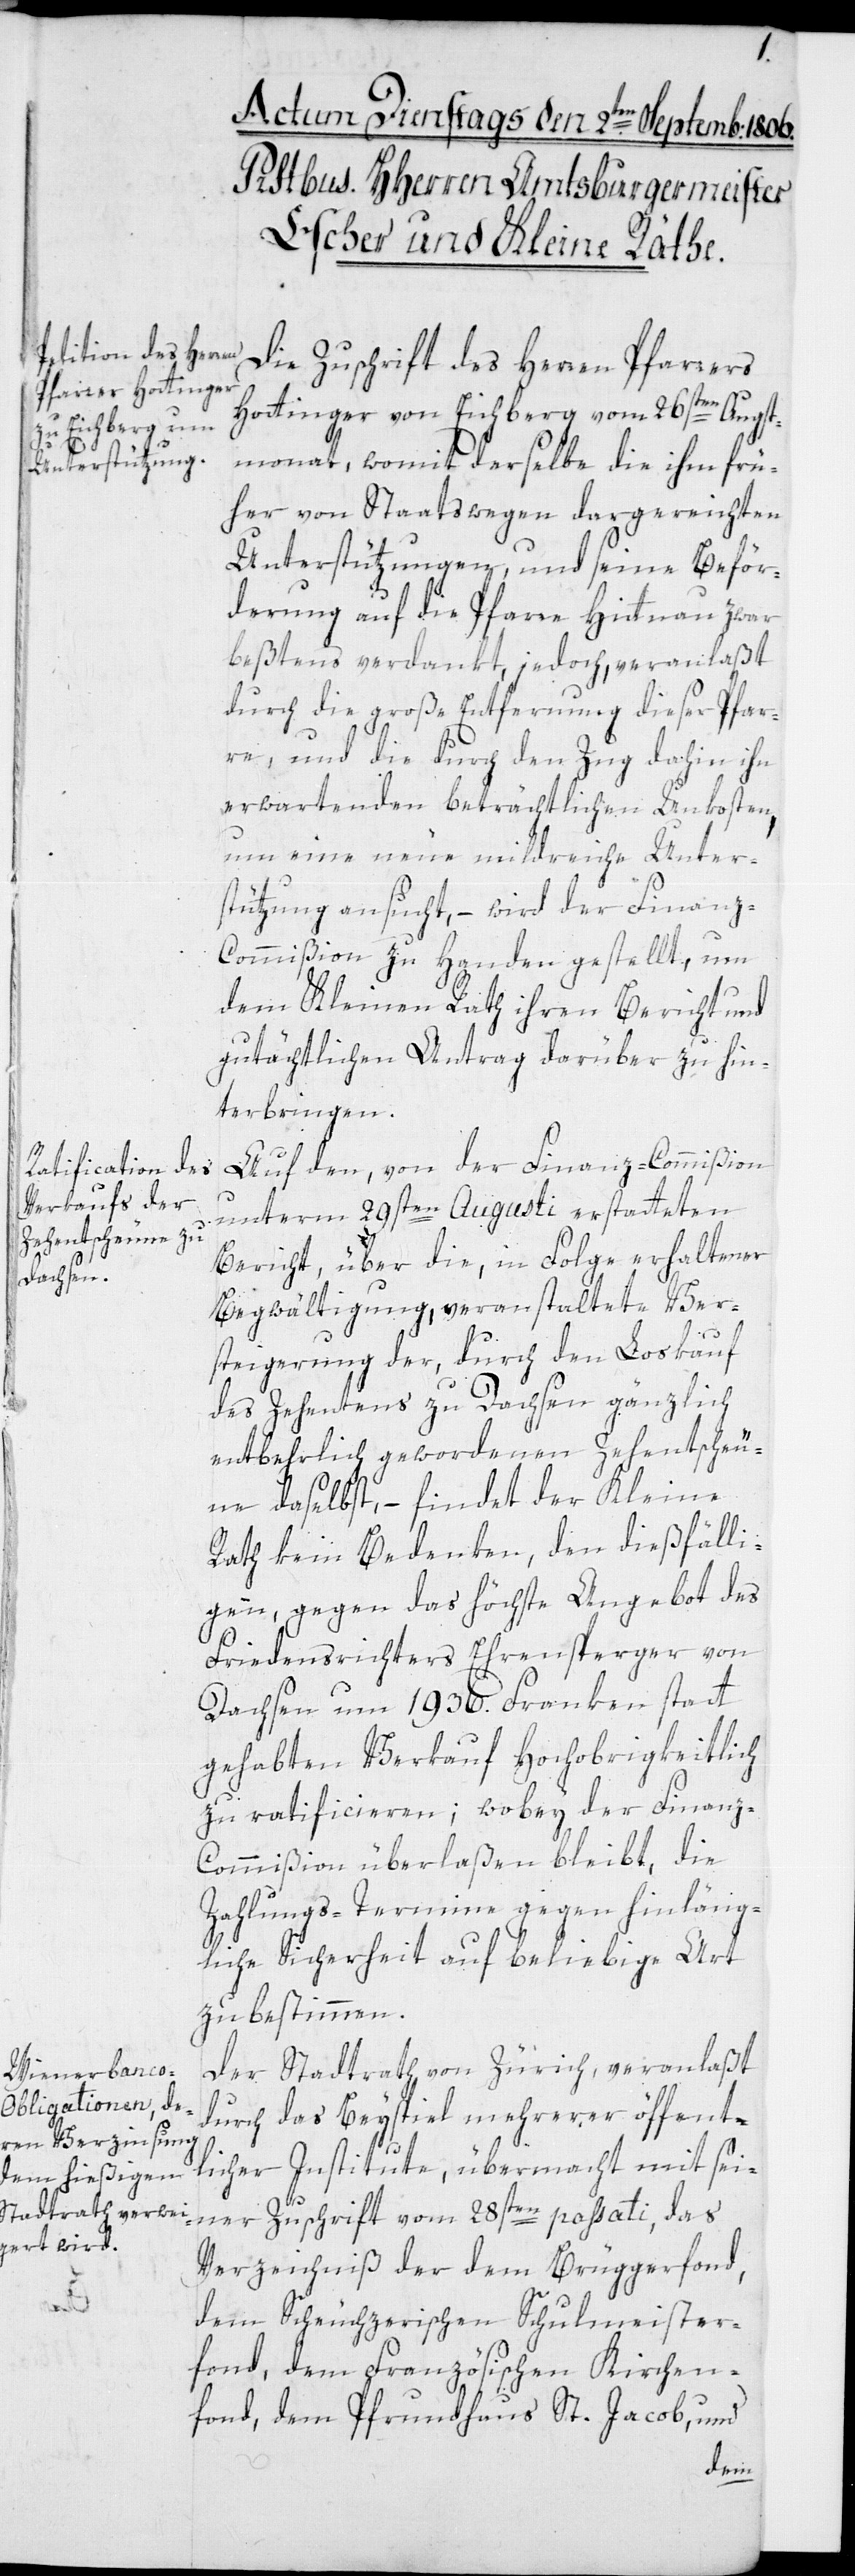
Die Zuschrift des Herren Pfarrers
Hottinger von Eichberg vom 26sten Augst¬
monat, womit derselbe die ihm frü¬
her von Staatswegen dargereichten
Unterstützungen, und seine Beför¬
derung auf die Pfarre Hittnau zwar
bestens verdankt, jedoch veranlaßt
durch die große Entfernung dieser Pfar¬
re, und die durch den Zug dahin ihn
erwartenden beträchtlichen Unkosten,
um eine neue mildreiche Unter¬
stützung ansucht, – wird der Finan¬
z-Commißion zu Handen gestellt, um
dem Kleinen Rath ihren Bericht und
gutächtlichen Antrag darüber zu hin¬
terbringen.
Auf den, von der Finanz-Commißion
unterm 29sten Augusti erstatteten
Bericht, über die, in Folge erhaltener
Begwältigung, veranstaltete Ver¬
steigerung der durch den Loskauf
des Zehenten zu Dachsen gänzlich
entbehrlich gewordenen Zehentscheu¬
ne daselbst, – findet der Kleine
Rath kein Bedenken, den dießfälli¬
gen, gegen das höchste Angebot des
Friedensrichters Ehrensperger von
Dachsen um 1936. Franken statt
gehabten Verkauf Hochobrigkeitlich
zu ratificieren; wobei der Finanz-C¬
ommißion überlaßen bleibt, die
Zahlungs-Termine gegen hinläng¬
liche Sicherheit auf beliebige Art
zu bestimmen.
Der Stadtrath von Zürich, veranlaßt
durch das Beyspiel mehrerer öffent¬
licher Institute, übermacht mit sei¬
ner Zuschrift vom 28sten passati, das
Verzeichniß der dem Brüggerfond,
dem Scheuchzerischen Schulmeister¬
fonds, dem Französischen Kirchen¬
fonds, Pfrundhaus St. Jacob, und